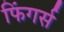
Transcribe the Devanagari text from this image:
फिंगर्स